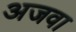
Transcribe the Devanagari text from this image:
अजवा